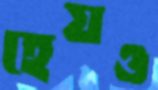
হেয়ও